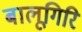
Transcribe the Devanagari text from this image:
बालूगिरि